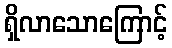
ရှိလာသောကြောင့်